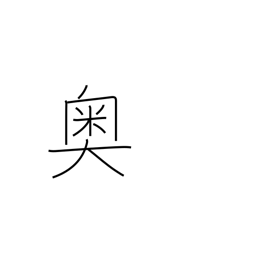
Meaning: interior